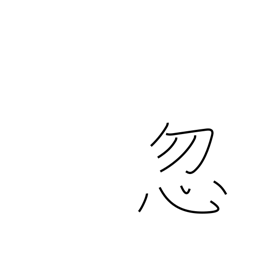
Meaning: neglect